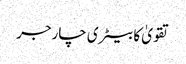
تقویٰ کا بیٹری چارجر